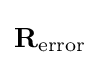
\mathbf {R} _{\textrm {error}}